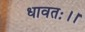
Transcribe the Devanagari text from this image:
धावतः।।